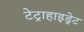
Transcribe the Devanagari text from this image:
टेट्राहाइड्रेट